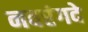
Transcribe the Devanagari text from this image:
नवरंगदे